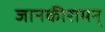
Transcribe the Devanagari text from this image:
जानकीरामन्